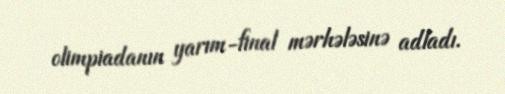
olimpiadanın yarım-final mərhələsinə adladı.